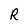
Character: R